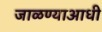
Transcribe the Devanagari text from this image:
जाळण्याआधी